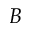
B